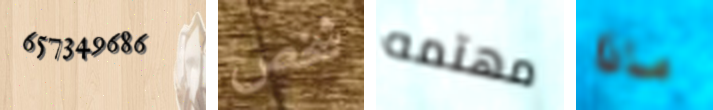
657349686 شخص مهتمه ماذا